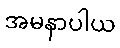
အမနာပါယ